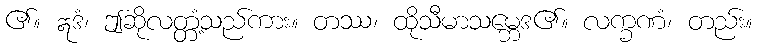
၏။ ဣဒံ၊ ဤဆိုလတ္တံ့သည်ကား။ တဿ၊ ထိုသီမာသမ္ဘေဒ၏။ လက္ခဏံ၊ တည်း။